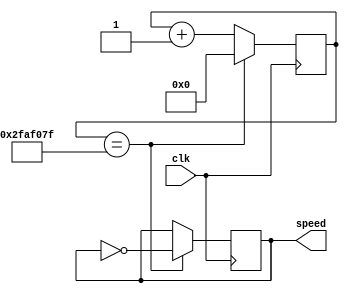
`timescale 1ns / 1ps
//////////////////////////////////////////////////////////////////////////////////
// Company: 
// Engineer: 
// 
// Design Name: 
// Module Name:    ClockDivider 
// Project Name: 
// Target Devices: 
// Tool versions: 
// Description: 
//
// Dependencies: 
//
// Revision: 
// Revision 0.01 - File Created
// Additional Comments: 
//
//////////////////////////////////////////////////////////////////////////////////
module ClockDivider#(parameter velocity = 1)
    (input wire clk,
     output wire speed);
    
    reg [31:0] counter;
    reg clock;
    localparam threashold = 50000000 / velocity;
    
    initial begin
        counter <= 0;
        clock <= 0;
    end
    
    always @(posedge clk) begin
        if (counter == threashold - 1) begin
            counter <= 0;
            clock <= ~clock;
        end
        else begin
            counter <= counter + 1;
            clock <= clock;
        end
    end
    
    assign speed = clock;
endmodule